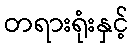
တရားရုံးနှင့်